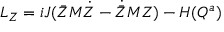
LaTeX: L _ { Z } = i J ( \bar { Z } M \dot { Z } - \dot { \bar { Z } } M Z ) - H ( Q ^ { a } )